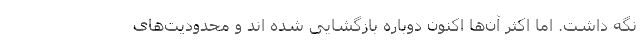
نگه داشت. اما اکثر آن‌ها اکنون دوباره بازگشایی شده اند و محدودیت‌های